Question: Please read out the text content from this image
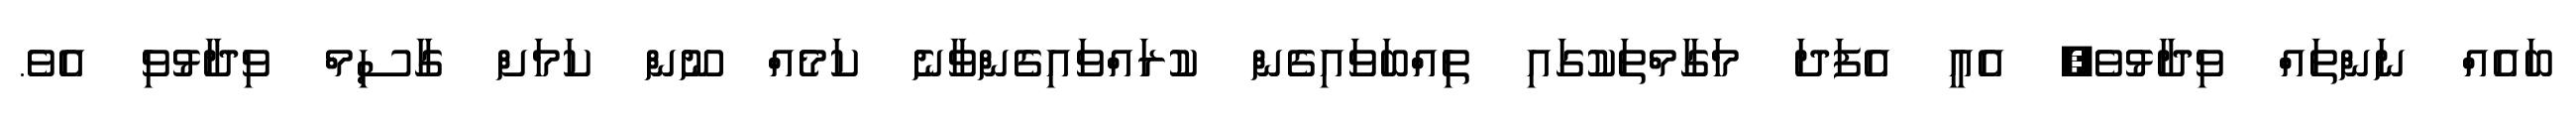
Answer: ބައެއް ނަންތައް ވިދާޅުވެ, އެއީ އެފަދަ މަގާމްތަކުގައި ތިއްބަވައިގެން ކުރައްވައިގެންވާނެ ކަމެއް ނޫން ކަމަށް ގާސިމް ވިދާޅުވި އެވެ.